Lunatic asylums Punjab 1868-1880 - 1868-1880
Year: 1868
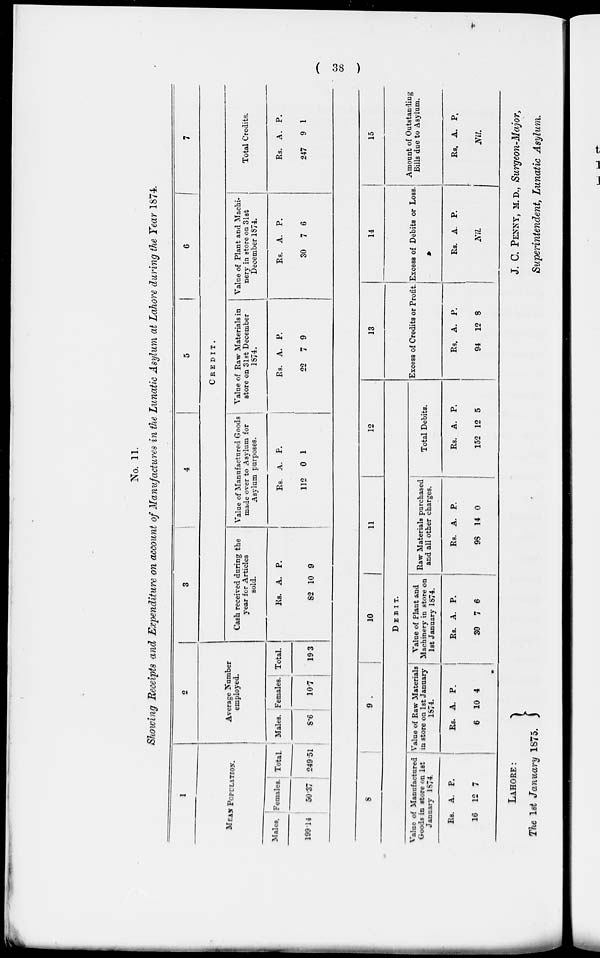
( 38 )
No. 11.
Showing Receipts and Expenditure on account of Manufactures in the Lunatic Asylum at Lahore during the Year 1874.
1
MEAN POPULATION.
Males.
199.14
Females.
50.37
Total.
249.51
2
Average Number
employed.
Males.
8.6
Females.
107
Total.
193
3
4
5
6
7
CREDIT.
Cash received during the
year for Articles
sold.
Rs.
82
A.
10
P.
9
Value of Manufactured Goods
made over to Asylum for
Asylum purposes.
Rs.
112
A.
0
P.
1
Value of Raw Materials in
store on 31st December
1874.
Rs.
22
A.
7
P.
9
Value of Plant and Machi-
nery in store on 31st
December 1874.
Rs.
30
A.
7
P.
6
Total Credits.
Rs.
247
A.
9
P.
1
8
9
10
11
12
DEBIT.
Value of Manufactured
Goods in store on 1st
January 1874.
Rs.
16
A.
12
P.
7
Value of Raw Materials
in store on 1st January
1874.
Rs.
6
A.
10
P.
4
Value of Plant and
Machinery in store on
1st January 1874.
Rs.
30
A.
7
P.
6
Raw Materials purchased
and all other charges.
Rs.
98
A.
14
P.
0
Total Debits.
Rs.
152
A.
12
P.
5
13
Excess of Credits or Profit.
Rs.
94
A.
12
P.
8
14
Excess of Debits or Loss.
Rs. A.
Nil
P.
15
Amount of Outstanding
Bills due to Asylum.
Rs. A.
Nil
P.
LAHORE:
The 1st January 1875.
J. C. PENNY, M.D., Surgeon-Major,
Superintendent, Lunatic Asylum.